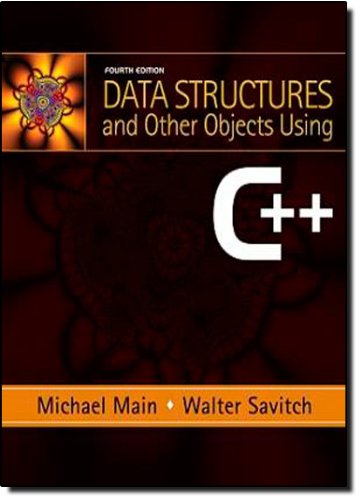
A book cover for Data Structures and Other Objects Using C++ (4th Edition); Michael Main; Computers & Technology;